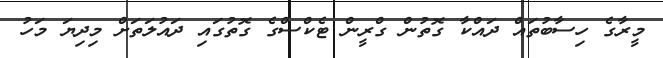
މީރާގެ ހިސާބުތައް ދައްކާ ގޮތުން ގްރީން ޓެކްސްގެ ގޮތުގައި ދައުލަތަށް މިދިޔަ މަހު